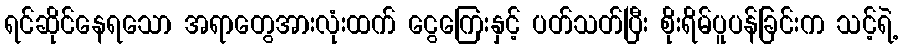
ရင်ဆိုင်နေရသော အရာတွေအားလုံးထက် ငွေကြေးနှင့် ပတ်သတ်ပြီး စိုးရိမ်ပူပန်ခြင်းက သင့်ရဲ့